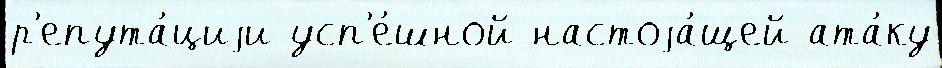
р'епута́циjи усп'е́шной настоjа́щей ата́ку